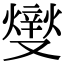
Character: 𤏻